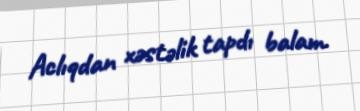
Aclıqdan xəstəlik tapdı balam.